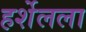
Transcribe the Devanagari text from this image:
हर्शेलला